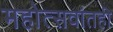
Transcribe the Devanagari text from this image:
महोत्सवांतही